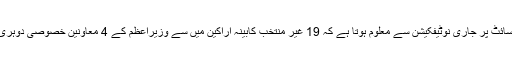
کابینہ ڈویژن کی ویب سائٹ پر جاری نوٹیفکیشن سے معلوم ہوتا ہے کہ 19 غیر منتخب کابینہ اراکین میں سے وزیراعظم کے 4 معاونین خصوصی دوہری شہریت کی حامل ہیں۔